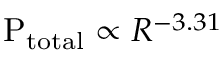
\mathrm { P _ { t o t a l } } \propto R ^ { - 3 . 3 1 }